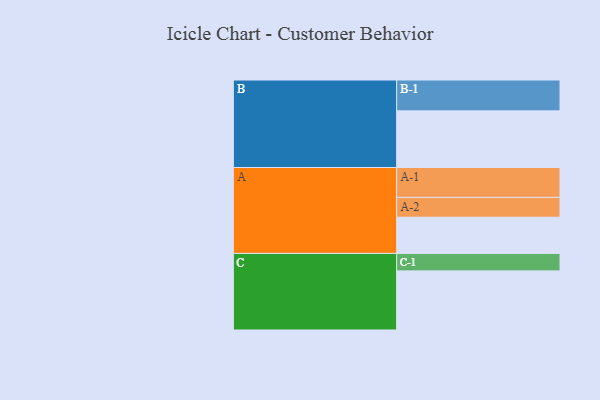
{"axis": {"x": "Segment", "y": "Value"}, "legend": ["", "A", "B", "C"], "data": [{"x": "A", "y": 305, "type": ""}, {"x": "B", "y": 477, "type": ""}, {"x": "C", "y": 498, "type": ""}, {"x": "A-1", "y": 252, "type": "A"}, {"x": "A-2", "y": 167, "type": "A"}, {"x": "B-1", "y": 260, "type": "B"}, {"x": "C-1", "y": 147, "type": "C"}]}